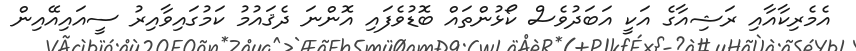
އެމެރިކާއާއި ރަޝިއާގެ އަކީ އަބަދުވެސް ކޯޅުންތައް ބޮޑުވެފައި އޮންނަ ދެޤައުމު ކަމުގައިވާއިރު ސީއައިއޭއިން